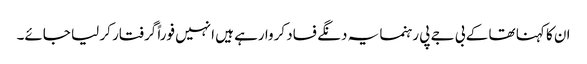
ان کا کہنا تھا کے بی جے پی رہنما یہ دنگے فساد کروا رہے ہیں انہیں فوراً گرفتار کر لیا جائے۔